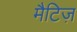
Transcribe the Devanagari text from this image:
मैटिज़